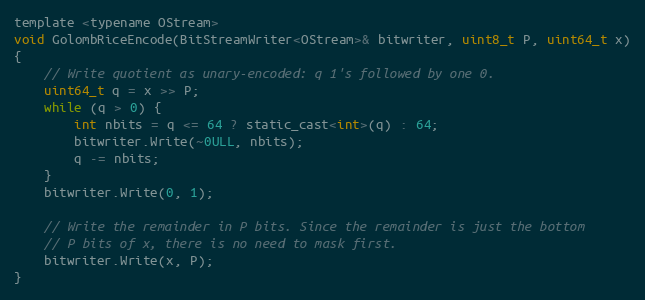
Language: C
template <typename OStream>
void GolombRiceEncode(BitStreamWriter<OStream>& bitwriter, uint8_t P, uint64_t x)
{
    // Write quotient as unary-encoded: q 1's followed by one 0.
    uint64_t q = x >> P;
    while (q > 0) {
        int nbits = q <= 64 ? static_cast<int>(q) : 64;
        bitwriter.Write(~0ULL, nbits);
        q -= nbits;
    }
    bitwriter.Write(0, 1);

    // Write the remainder in P bits. Since the remainder is just the bottom
    // P bits of x, there is no need to mask first.
    bitwriter.Write(x, P);
}